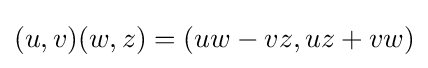
(u,v)(w,z)=(uw-vz,uz+vw)